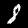
Label: 8